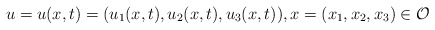
\begin{align*}u=u(x,t)=(u_1(x,t),u_2(x,t),u_3(x,t)), x=(x_1,x_2,x_3)\in \mathcal{O}\end{align*}